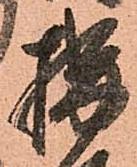
構